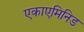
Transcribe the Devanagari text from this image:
एकाएमिनिड